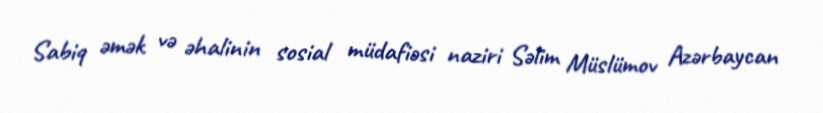
Sabiq əmək və əhalinin sosial müdafiəsi naziri Səlim Müslümov Azərbaycan